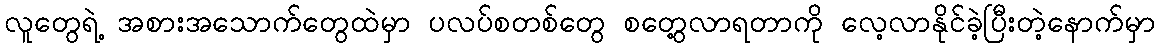
လူတွေရဲ့ အစားအသောက်တွေထဲမှာ ပလပ်စတစ်တွေ စတွေ့လာရတာကို လေ့လာနိုင်ခဲ့ပြီးတဲ့နောက်မှာ